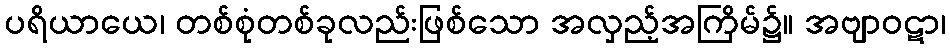
ပရိယာယေ၊ တစ်စုံတစ်ခုလည်းဖြစ်သော အလှည့်အကြိမ်၌။ အဗျာဝဋာ၊